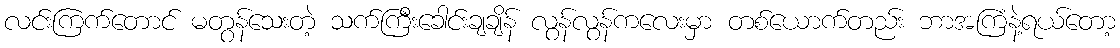
လင်းကြက်တောင် မတွန်သေးတဲ့ သက်ကြီးခေါင်းချချိန် လွန်လွန်ကလေးမှာ တစ်ယောက်တည်း ဘာအကြံနဲ့ရယ်တော့